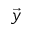
\vec { y }